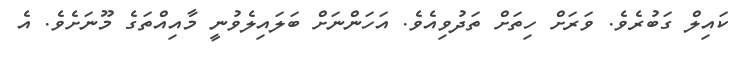
ކައިލް ގަބުރެވެ. ވަރަށް ހިތަށް ތަދުވިއެވެ. އަހަންނަށް ބަލައިލެވުނީ މާއިއްތަގެ މޫނަށެވެ. އެ